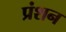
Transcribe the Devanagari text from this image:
प्रंशन